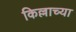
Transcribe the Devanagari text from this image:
किल्लाच्या